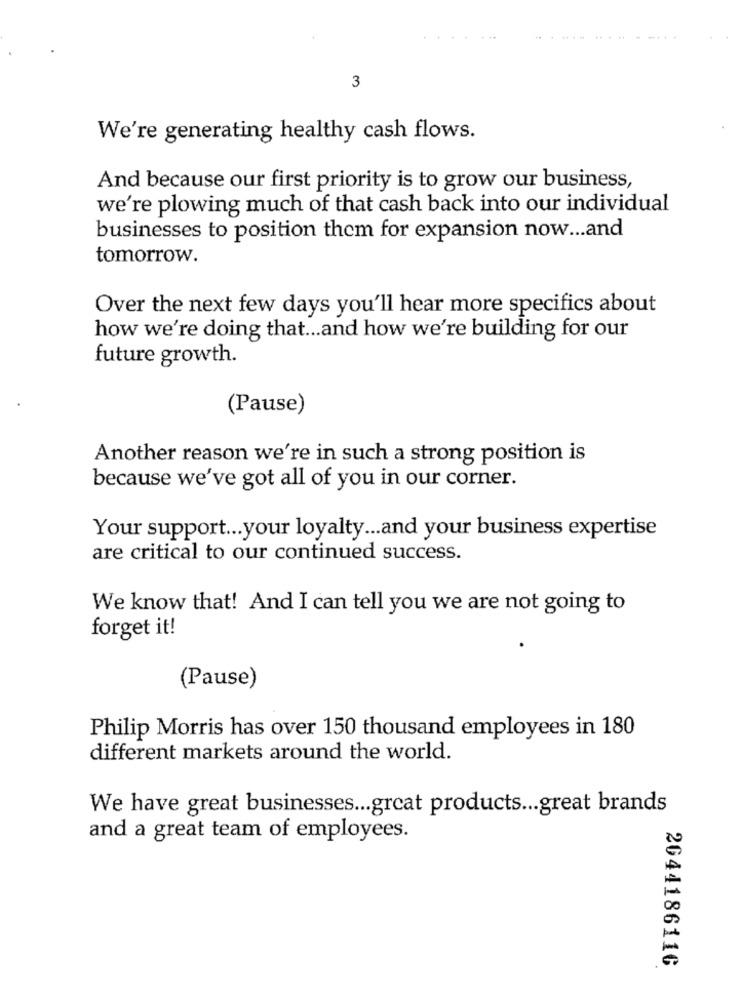
3
We're generating healthy cash flows.
And because our first priority is to grow our business,
we're plowing much of that cash back into our individual
businesses to position them for expansion now ... and
tomorrow.
Over the next few days you'll hear more specifics about
how we're doing that ... and how we're building for our
future growth.
(Pause)
Another reason we're in such a strong position is
because we've got all of you in our corner.
Your support ... your loyalty ... and your business expertise
are critical to our continued success.
We know that! And I can tell you we are not going to
forget it!
(Pause)
Philip Morris has over 150 thousand employees in 180
different markets around the world.
We have great businesses ... great products ... great brands
and a great team of employees.
2044186110